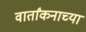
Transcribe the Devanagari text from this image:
वार्तांकनाच्या